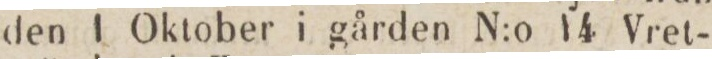
den 1 Oktober i gården N:o 14 Vret-